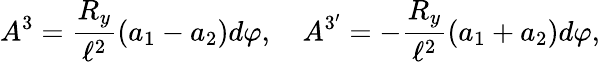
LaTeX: A^{3}={\frac{R_{y}}{\ell^{2}}}(a_{1}-a_{2})d\varphi,\quad A^{3^{\prime}}=-{\frac{R_{y}}{\ell^{2}}}(a_{1}+a_{2})d\varphi,